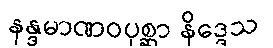
နန္ဒမာဏဝပုစ္ဆာ နိဒ္ဒေသ